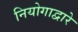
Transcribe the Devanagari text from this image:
नियोगाद्वारे